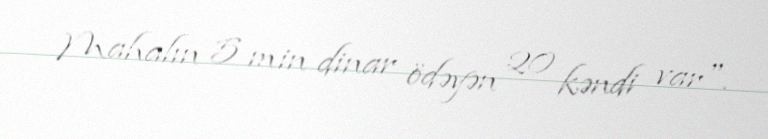
Mahalın 5 min dinar ödəyən 20 kəndi var".